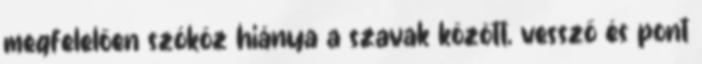
megfelelően szóköz hiánya a szavak között, vessző és pont